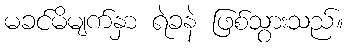
မခင်မိမျက်နှာ ရဲခနဲ ဖြစ်သွားသည်။